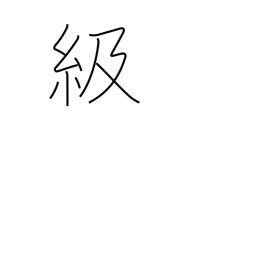
Meaning: rank